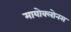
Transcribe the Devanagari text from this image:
मायोक्लोनस